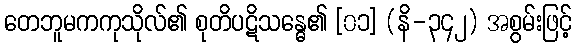
တေဘူမကကုသိုလ်၏ စုတိပဋိသန္ဓေ၏ [၀၁] (နိ-၃၄၂) အစွမ်းဖြင့်